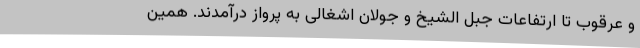
و عرقوب تا ارتفاعات جبل الشیخ و جولان اشغالی به پرواز درآمدند. همین